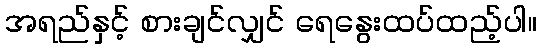
အရည်နှင့် စားချင်လျှင် ရေနွေးထပ်ထည့်ပါ။